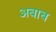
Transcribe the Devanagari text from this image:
अबाब